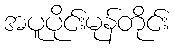
အပူပိုင်းမုန်တိုင်း